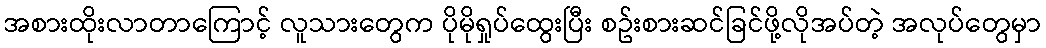
အစားထိုးလာတာကြောင့် လူသားတွေက ပိုမိုရှုပ်ထွေးပြီး စဥ်းစားဆင်ခြင်ဖို့လိုအပ်တဲ့ အလုပ်တွေမှာ